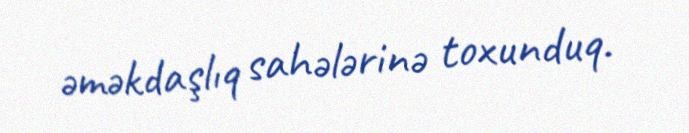
əməkdaşlıq sahələrinə toxunduq.